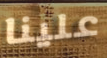
علينا